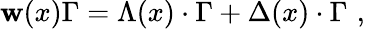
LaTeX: \mathbf{w}(x)\Gamma=\Lambda(x)\cdot\Gamma+\Delta(x)\cdot\Gamma\, \, ,